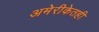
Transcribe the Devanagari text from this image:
अमेरीकेतही